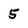
Character: 5